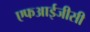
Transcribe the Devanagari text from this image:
एफआईजीसी